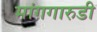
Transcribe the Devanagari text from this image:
मांगगारुडी